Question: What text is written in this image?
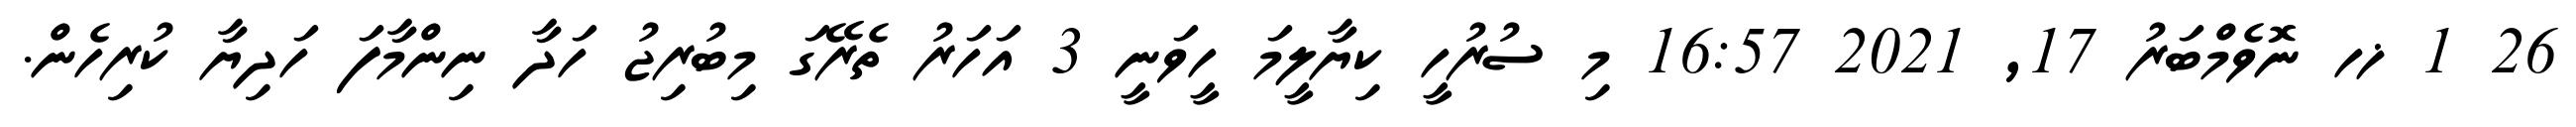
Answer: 26 1 ޚހ ނޮވެމްބަރު 17, 2021 16:57 މި ސުރުހީ ކިޔާލީމަ ހީވަނީ 3 އަހަރު ތެރޭގަ މިބުރިޖު ހަދާ ނިންމާފަ ހަދިޔާ ކުރިހެން.